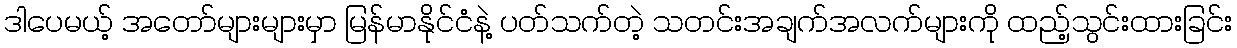
ဒါပေမယ့် အတော်များများမှာ မြန်မာနိုင်ငံနဲ့ ပတ်သက်တဲ့ သတင်းအချက်အလက်များကို ထည့်သွင်းထားခြင်း